Civil Veterinary Department. United Provinces 1932-42 - 1932-1942
Year: 1932
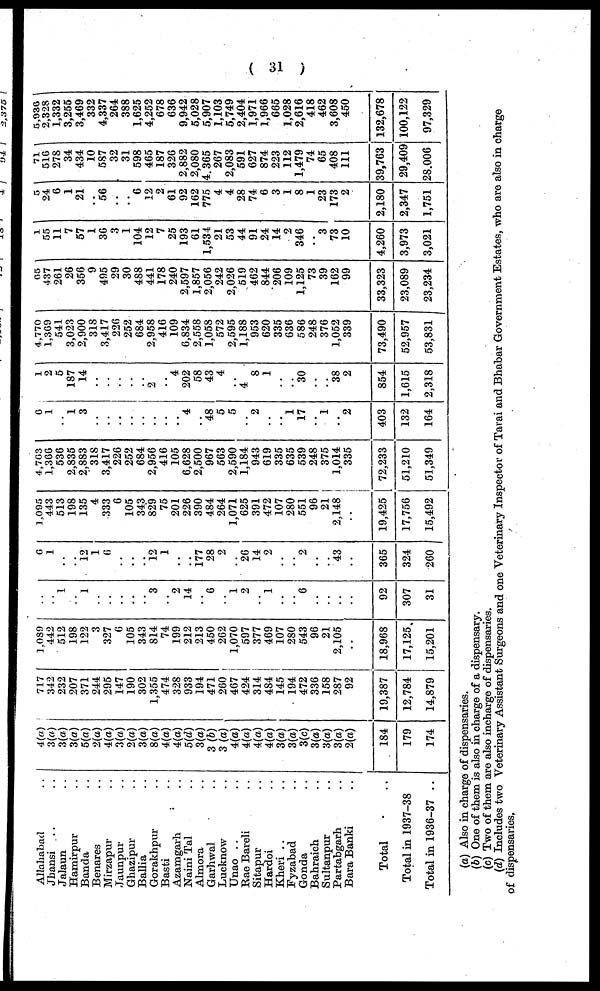
(31)
Allahabad
Jhansi .. ..
Jalaun ..
Hamirpur ..
Banda ..
Benares
Mirzapur ..
Jaunpur ..
Ghazipur ..
Ballia ..
Gorakhpur ..
Basti ..
Azamgarh ..
Naini Tal ..
Almora ..
Garhwal ..
Lucknow ..
Unao .. ..
Rae Bareli ..
Sitapur ..
Hardoi ..
Kheri .. ..
Fyzabad ..
Gonda ..
Bahraich ..
Sultanpur ..
Partabgarh ..
Bara Banki ..
Total ..
Total in 1937-38
Total in 1936-37 ..
4(a)
3(a)
3(a)
3(a)
5(a)
2(a)
4(a)
3(a)
2(a)
3(a)
8(a)
4(a)
4(a)
5(d)
3(a)
3 (b)
3 (a)
4(a)
4(a)
4(a)
4(a)
3(a)
3(a)
3(c)
3(a)
3(a)
3(a)
2(a)
184
179
174
717
342
232
207
371
244
295
147
190
302
1,355
474
328
933
194
471
260
467
424
314
484
145
194
472
336
158
287
92
19,387
12,784
14,879
1.089
442
512
198
122
3
327
6
105
343
814
74
199
212
213
450
262
1,070
597
377
469
107
280
543
96
21
2,105
..
18,968
17,125,
15,201
..
..
1
..
1
..
..
..
..
..
3
..
2
14
..
6
..
1
2
..
1
..
..
6
..
..
..
..
92
307
31
6
1
..
..
12
1
6
..
..
..
12
1
..
..
177
28
2
..
26
14
2
..
..
2
..
..
43
..
365
324
260
1.095
443
513
198
135
4
333
6
105
343
829
75
201
226
390
484
264
1,071
625
391
472
107
280
551
96
21
2,148
..
19,425
17,756
15,492
4,703
1,366
536
2,835
2,883
318
3,417
226
252
684
2,956
416
105
6,628
2,500
967
563
2,590
1,184
943
619
335
635
539
248
375
1,014
335
72,233
51,210
51,349
6
1
..
1
3
..
..
..
..
..
..
..
..
4
..
48
5
5
..
2
..
..
1
17
..
1
..
2
403
132
164
1
2
5
187
14
..
..
..
..
..
2
..
4
202
58
43
4
..
4
8
1
..
..
30
..
..
38
2
854
1,615
2,318
4,770
1,369
541
3,023
2,900
318
3,417
226
252
684
2,958
416
109
6,834
2,558
1,058
572
2,595
1,188
953
620
335
636
586
248
376
1,052
339
73,490
52,957
53,831
65
437
261
26
356
9
495
29
30
488
441
178
240
2,597
1,857
2,056
242
2,026
519
462
844
206
109
1,125
73
39
162
99
33,323
23,089
23,234
1
55
11
7
57
1
36
3
1
104
12
7
25
193
61
1,534
21
53
44
91
24
14
2
346
3
73
10
4,260
3,973
3,021
5
24
6
1
21
..
56
..
..
6
12
2
61
92
162
775
4
4
28
74
6
3
1
8
1
23
173
2
2,180
2,347
1,751
71
516
278
34
434
10
587
32
31
598
465
187
326
2,882
2,080
4.365
267
2,083
591
627
874
223
112
1,479
74
65
408
111
39,763
29,409
28,006
5,936
2,328
1,332
3,255
3,469
332
4,337
264
388
1,625
4,252
678
636
9,942
5,028
5,907
1,103
5,749
2,404
1,971
1,966
665
1,028
2,616
418
462
3,608
450
132,678
100,122
97,329
(a) Also in charge of dispensaries.
(b) One of them is also in charge of a dispensary.
(c) Two of them are also incharge of dispensaries.
(d) Includes two Veterinary Assistant Surgeons and one Veterinary Inspector of Tarai and Bhabar Government Estates, who are also in charge
of dispensaries.